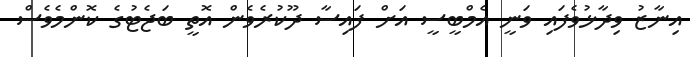
އިނާޒު ވިދާޅުވެފައި ވަނީ އެމްބީސީ އަށް ފައިސާ ދޫކުރެވެން އޮތީ ބަޖެޓުގެ ކޮންމެވެސް